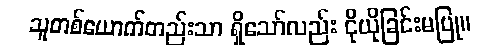
သူတစ်ယောက်တည်းသာ ရှိသော်လည်း ငိုယိုခြင်းမပြု။